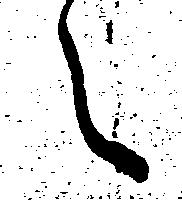
え